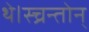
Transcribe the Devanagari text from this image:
थे।स्च्रन्तोन्